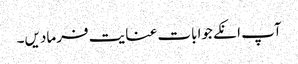
آپ انکے جوابات عنایت فرمادیں۔